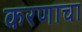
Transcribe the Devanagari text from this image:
करणाचा